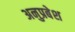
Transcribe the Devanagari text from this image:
अनुप्रबेश